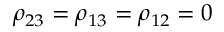
\rho _ { 2 3 } = \rho _ { 1 3 } = \rho _ { 1 2 } = 0